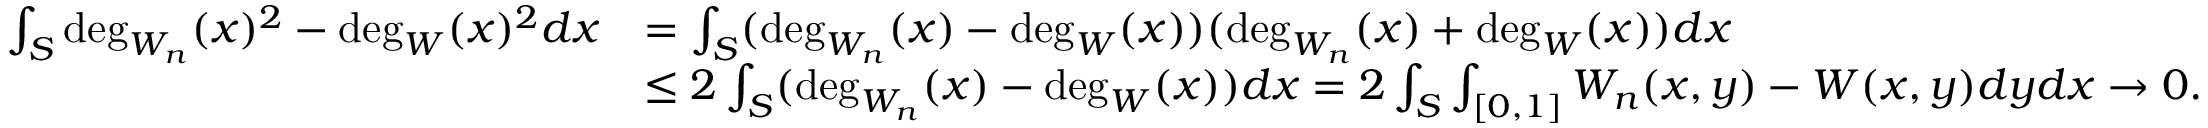
\begin{array} { r l } { \int _ { S } \deg _ { W _ { n } } ( x ) ^ { 2 } - \deg _ { W } ( x ) ^ { 2 } d x } & { = \int _ { S } ( \deg _ { W _ { n } } ( x ) - \deg _ { W } ( x ) ) ( \deg _ { W _ { n } } ( x ) + \deg _ { W } ( x ) ) d x } \\ & { \leq 2 \int _ { S } ( \deg _ { W _ { n } } ( x ) - \deg _ { W } ( x ) ) d x = 2 \int _ { S } \int _ { [ 0 , 1 ] } W _ { n } ( x , y ) - W ( x , y ) d y d x \to 0 . } \end{array}